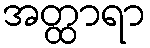
အတ္ထာရာ